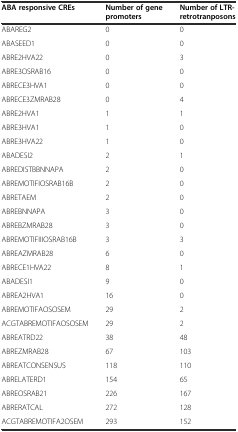
<table><thead><tr><td><b>ABA responsive CREs</b></td><td><b>Number of gene promoters</b></td><td><b>Number of LTR-retrotranposons</b></td></tr></thead><tbody><tr><td>ABAREG2</td><td>0</td><td>0</td></tr><tr><td>ABASEED1</td><td>0</td><td>0</td></tr><tr><td>ABRE2HVA22</td><td>0</td><td>3</td></tr><tr><td>ABRE3OSRAB16</td><td>0</td><td>0</td></tr><tr><td>ABRECE3HVA1</td><td>0</td><td>0</td></tr><tr><td>ABRECE3ZMRAB28</td><td>0</td><td>4</td></tr><tr><td>ABRE2HVA1</td><td>1</td><td>1</td></tr><tr><td>ABRE3HVA1</td><td>1</td><td>0</td></tr><tr><td>ABRE3HVA22</td><td>1</td><td>0</td></tr><tr><td>ABADESI2</td><td>2</td><td>1</td></tr><tr><td>ABREDISTBBNNAPA</td><td>2</td><td>0</td></tr><tr><td>ABREMOTIFIOSRAB16B</td><td>2</td><td>0</td></tr><tr><td>ABRETAEM</td><td>2</td><td>0</td></tr><tr><td>ABREBNNAPA</td><td>3</td><td>0</td></tr><tr><td>ABREBZMRAB28</td><td>3</td><td>0</td></tr><tr><td>ABREMOTIFIIIOSRAB16B</td><td>3</td><td>3</td></tr><tr><td>ABREAZMRAB28</td><td>6</td><td>0</td></tr><tr><td>ABRECE1HVA22</td><td>8</td><td>1</td></tr><tr><td>ABADESI1</td><td>9</td><td>0</td></tr><tr><td>ABREA2HVA1</td><td>16</td><td>0</td></tr><tr><td>ABREMOTIFAOSOSEM</td><td>29</td><td>2</td></tr><tr><td>ACGTABREMOTIFAOSOSEM</td><td>29</td><td>2</td></tr><tr><td>ABREATRD22</td><td>38</td><td>48</td></tr><tr><td>ABREZMRAB28</td><td>67</td><td>103</td></tr><tr><td>ABREATCONSENSUS</td><td>118</td><td>110</td></tr><tr><td>ABRELATERD1</td><td>154</td><td>65</td></tr><tr><td>ABREOSRAB21</td><td>226</td><td>167</td></tr><tr><td>ABRERATCAL</td><td>272</td><td>128</td></tr><tr><td>ACGTABREMOTIFA2OSEM</td><td>293</td><td>152</td></tr></tbody></table>